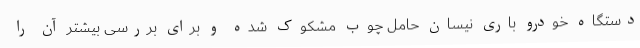
دستگاه خودرو باری نیسان حامل چوب مشکوک شده و برای بررسی بیشتر آن را